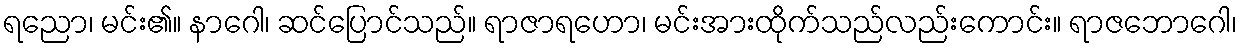
ရညော၊ မင်း၏။ နာဂေါ၊ ဆင်ပြောင်သည်။ ရာဇာရဟော၊ မင်းအားထိုက်သည်လည်းကောင်း။ ရာဇဘောဂေါ၊